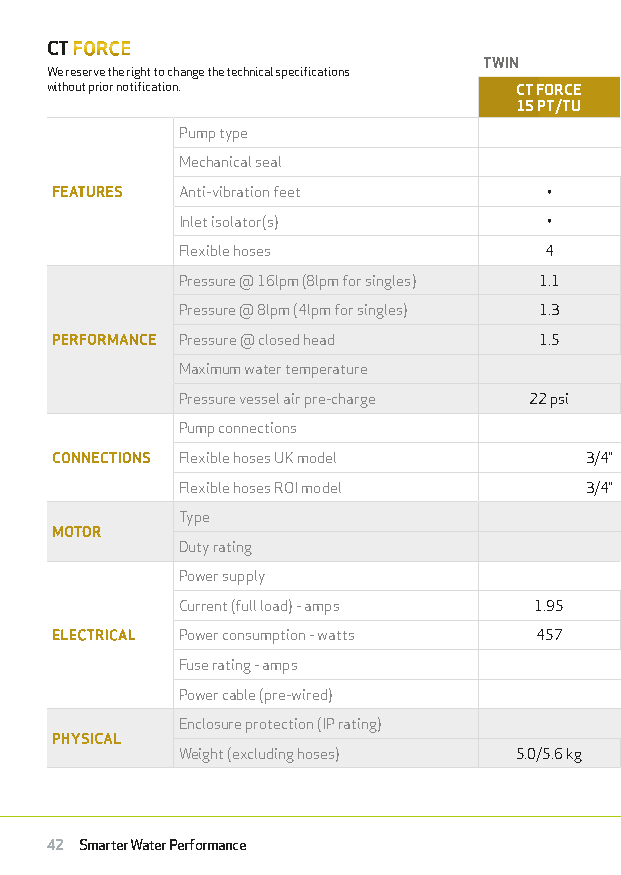
TECHNICAL SPECIFICATION
 CT FORCE
 TWIN                        SINGLE
 We reserve the right to change the technical specifications
 without prior notification.    CT FORCE  CT FORCE CT FORCE CT FORCE  CT FORCE
 15 PT/TU  20 PT/TU 30 PT/TU 20 PS/SU  30 PS/SU
 Pump type                               Regenerative
 Mechanical seal                       Nitrile / Carbon / Ceramic
 FEATURES Anti-vibration feet     •         •        •        •         •
 Inlet isolator(s)       •         •        •        •         •
 Flexible hoses          4        4         4        2         2
 Pressure @ 16lpm (8lpm for singles) 1.1 1.5 2.2     1.5      2.1
 Pressure @ 8lpm (4lpm for singles) 1.3 1.8 2.6      1.8      2.6
 PERFORMANCE Pressure @ closed head 1.5    2.0      3.0       2.0      3.0
 Maximum water temperature                 65°C
 Pressure vessel air pre-charge 22 psi 28 psi 32 psi 28 psi   32 psi
 Pump connections                         3/4” BSP
 CONNECTIONS Flexible hoses UK model 3/4” Female x 22mm Push-Fit x 280mm long, isolating valves on all hoses
 Flexible hoses ROI model   3/4” Female x 21mm Push-Fit x 280mm long, isolating valves on all hoses
 Type                                   A.C Induction Motor
 MOTOR
 Duty rating                            Continuously Rated
 Power supply                              230 V
 Current (full load) - amps 1.95  2.24     2.9      1.25      1.9
 ELECTRICAL Power consumption - watts 457  531      690       304      410
 Fuse rating - amps                         3
 Power cable (pre-wired)                  1.5 metres
 Enclosure protection (IP rating)          IPX3
 PHYSICAL
 Weight (excluding hoses) 5.0/5.6 kg 5.0/5.6 kg 6.3/6.8 kg 4.4/5.0 kg 5.7/6.2 kg
 42 Smarter Water Performance